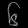
Digit: ၆